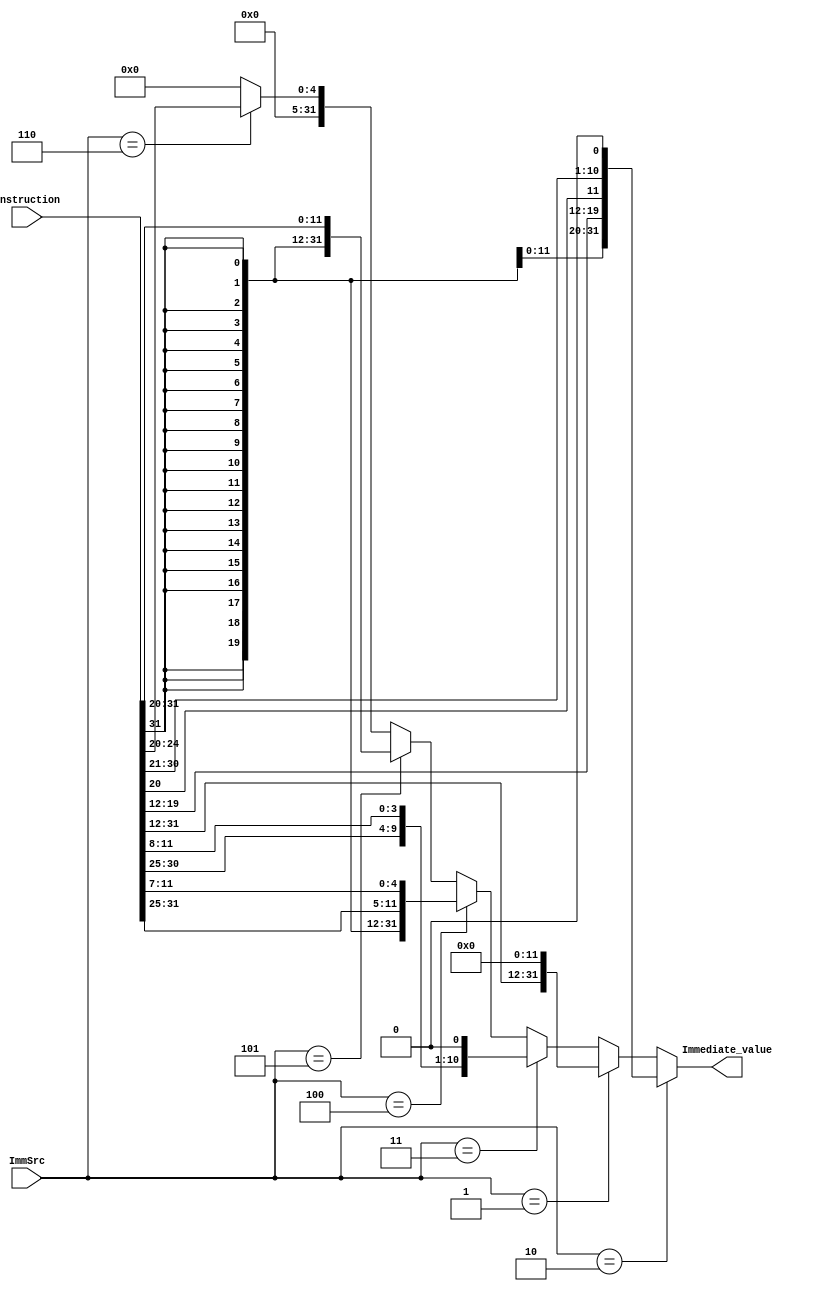
module sign_extend(
input [31:0]Instruction,
input [2:0]ImmSrc,
output [31:0]Immediate_value);

assign Immediate_value = (ImmSrc == 3'b010) ? {{11{Instruction[31]}}, Instruction[31], Instruction[19:12], Instruction[20], Instruction[30:21], 1'b0} : 
                         (ImmSrc == 3'b001) ? {Instruction[31:12], {12{1'b0}} } :
                         (ImmSrc == 3'b011) ? {{19{Instruction[31]}}, Instruction[31], Instruction[7], Instruction[30:25], Instruction[11:8], 1'b0 } :
                         (ImmSrc == 3'b100) ? {{20{Instruction[31]}}, Instruction[31:25], Instruction[11:7] } :
                         (ImmSrc == 3'b101) ? {{20{Instruction[31]}}, Instruction[31:20] } : 
                         (ImmSrc == 3'b110) ? {{27{1'b0}}, Instruction[24:20]} : 32'h00000000;
                         
endmodule